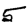
Digit: 5